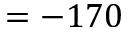
= - 1 7 0